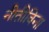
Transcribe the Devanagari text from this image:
नीतीविना